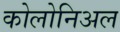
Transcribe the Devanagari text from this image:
कोलोनिअल